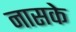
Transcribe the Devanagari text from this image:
नासके